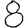
Digit: 8